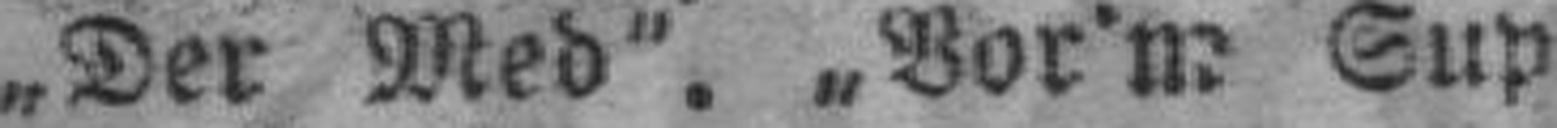
„Der Med“. „Bor'm Sup